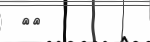
٥٦